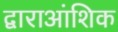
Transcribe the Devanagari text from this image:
द्वाराआंशिक